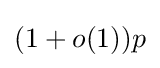
(1+o(1))p